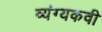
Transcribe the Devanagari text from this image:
व्यंग्यकवी